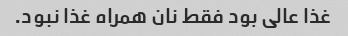
غذا عالی بود فقط نان همراه غذا نبود.